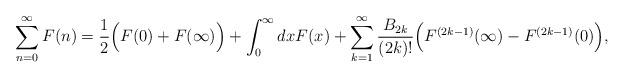
LaTeX: \begin{align*}\sum_{n = 0}^{\infty} F(n) = \frac{1}{2} \Bigl(F(0) + F(\infty) \Bigr)+ \int_{0}^{\infty} dx F(x) + \sum_{k = 1}^{\infty} \frac{B_{2k}}{(2k)!} \Bigl(F^{(2k-1)} (\infty) - F^{(2k - 1)} (0) \Bigr),\end{align*}